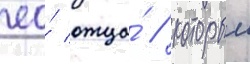
ео́ отца́ / которыи